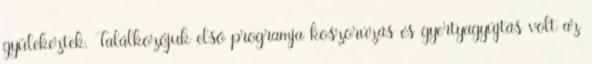
gyülekeztek. Találkozójuk első programja koszorúzás és gyertyagyújtás volt az